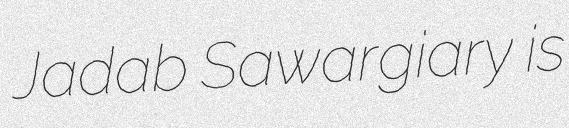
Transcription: Jadab Sawargiary is